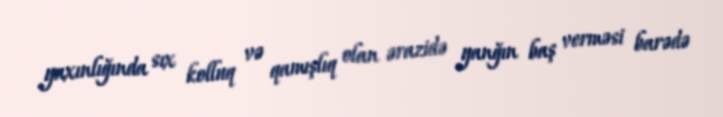
yaxınlığında sıx kolluq və qamışlıq olan ərazidə yanğın baş verməsi barədə